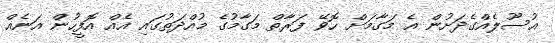
އުސޫލެއްގެދަށުން އެ މަގާމަށް ހޮވޭ ފަރާތް މަގާމުގެ މުއްދަތުގައި އެއް އޮފީހުން އަނެއް